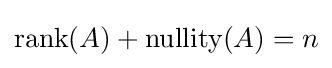
\operatorname {rank} (A)+\operatorname {nullity} (A)=n